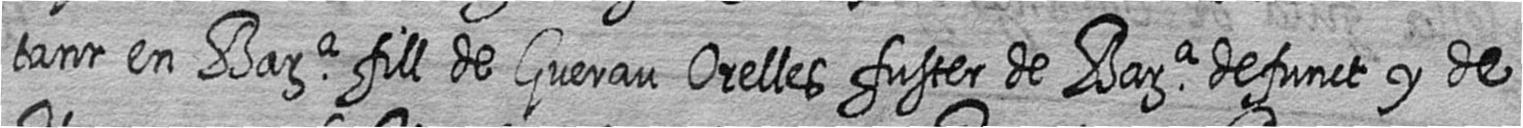
tant en Bara fill de Guerau Orelles fuster de Bara defunct y de